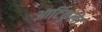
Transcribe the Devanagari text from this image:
आर्टिकुलेट